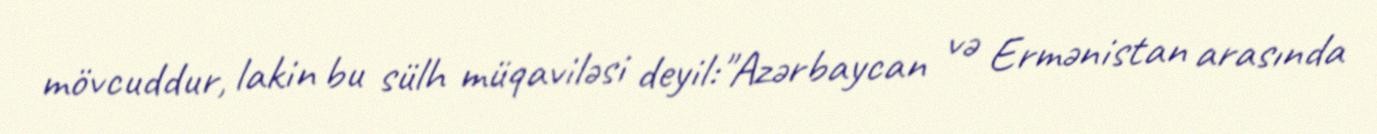
mövcuddur, lakin bu sülh müqaviləsi deyil:"Azərbaycan və Ermənistan arasında